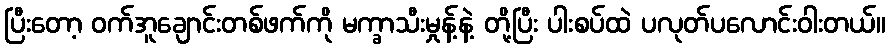
ပြီးတော့ ဝက်အူချောင်းတစ်ဖက်ကို မက္ခာသီးမှုန့်နဲ့ တို့ပြီး ပါးစပ်ထဲ ပလုတ်ပလောင်းဝါးတယ်။